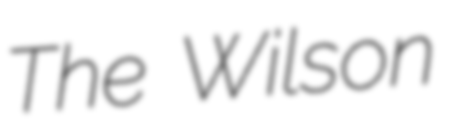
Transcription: The Wilson